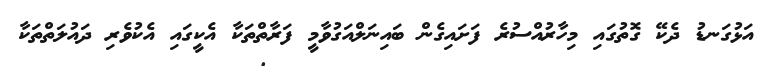
އަޅުގަނޑު ދެކޭ ގޮތުގައި މިހާރުއްސުރެ ފަށައިގެން ބައިނަލްއަގުވާމީ ފަރާތްތަކާ އެކީގައި އެކުވެރި ދައުލަތްތަކާ